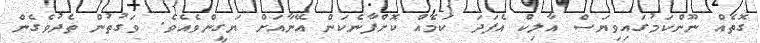
ގޮތެއް ނޫންކަމުގައިވިޔަސް އާލިކް އެފަދަ ކަމެއް ކޮށްފާނެކަން އޭނާއަށް ޔަގީންވެއެވެ. ވަގުތުން ތެދުވެގެން